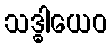
သဒ္ဓါယေဝ